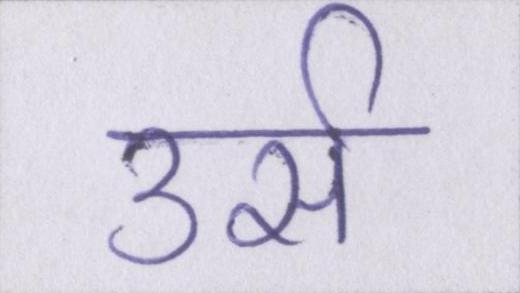
उर्स